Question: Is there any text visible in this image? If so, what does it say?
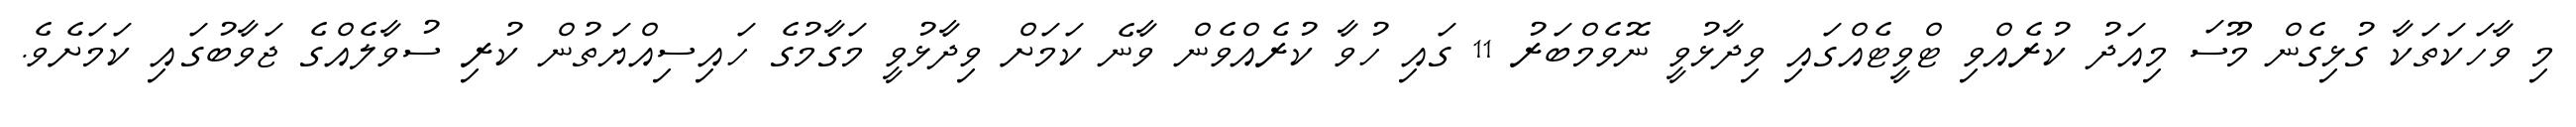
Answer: މި ވާހަކަތަކާ ގުޅިގެން މޫސަ މިއަދު ކުރެއްވި ޓްވީޓެއްގައި ވިދާޅުވީ ނޮވެމްބަރު 11 ގައި ހުވާ ކުރެއްވެން ވާނެ ކަމަށް ވިދާޅުވީ މަގާމުގެ ހައިސިއްޔަތުން ކުރި ސުވާލެއްގެ ޖަވާބުގައި ކަމަށެވެ.